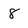
Character: 8